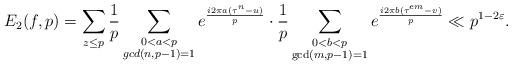
LaTeX: \begin{align*}E_2(f,p)=\sum_{z\leq p} \frac{1}{p}\sum_{\substack{0< a< p\\gcd(n,p-1)=1}}e^{\frac{i2\pi a(\tau^{n}-u)}{p}} \cdot \frac{1}{p} \sum_{\substack{0< b< p\\\gcd(m,p-1)=1}}e^{\frac{i2\pi b(\tau^{em}-v)}{p}}\ll p^{1-2\varepsilon}.\end{align*}